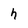
Character: h